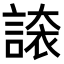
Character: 𧪉